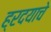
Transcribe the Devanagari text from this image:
ह्रदयाचे